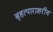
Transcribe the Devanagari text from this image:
बृहत्पाराशरीय